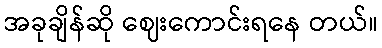
အခုချိန်ဆို ဈေးကောင်းရနေ တယ်။